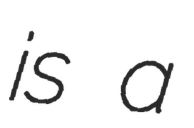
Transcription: is a